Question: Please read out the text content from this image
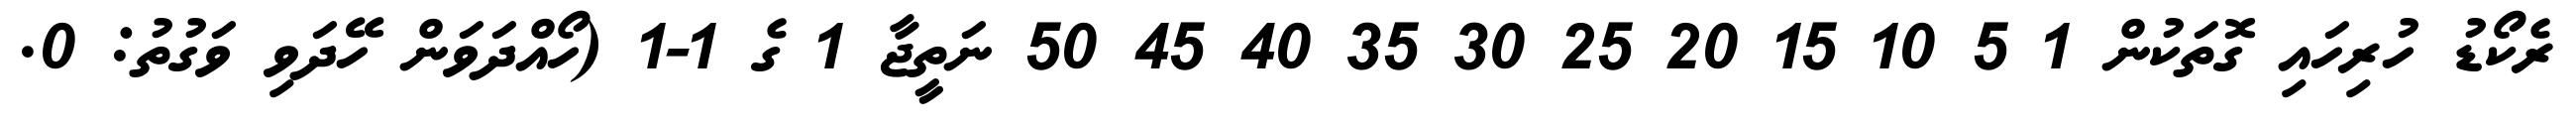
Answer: ރެކޯޑު ހުރިހައި ގޮތަކުން 1 5 10 15 20 25 30 35 40 45 50 ނަތީޖާ 1 ގެ 1-1 (ހޯއްދަވަން ހޭދަވި ވަގުތު: 0.